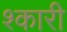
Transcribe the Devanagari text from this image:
श्कारी